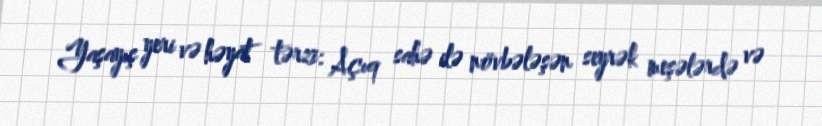
Yaşayış yeri və həyat tərzi: Açıq sahə ilə növbələşən seyrək meşələrdə və